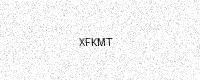
Text: XFKMT